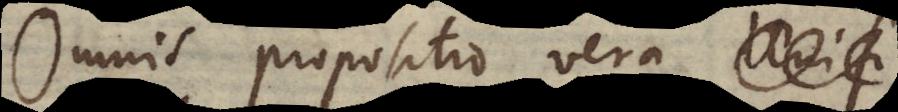
Omnis propositio vera